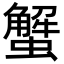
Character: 蟹